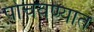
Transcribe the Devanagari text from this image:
पोचवण्यात